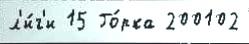
л'и́г'и 15 Го́рка 200102